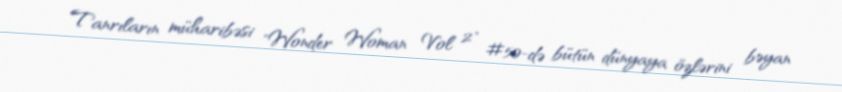
Tanrıların müharibəsi "Wonder Woman Vol 2" #50-də bütün dünyaya özlərini bəyan